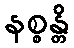
နစ္စန္တိ